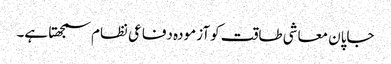
جاپان معاشی طاقت کو آزمودہ دفاعی نظام سمجھتا ہے۔